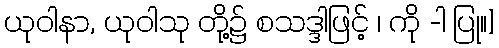
ယုဝါနာ, ယုဝါသု တို့၌ စသဒ္ဒါဖြင့် ၊ ကို -ါ ပြု။]